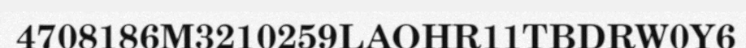
4708186M3210259LAOHR11TBDRW0Y6